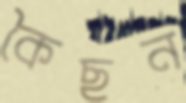
কৈছন